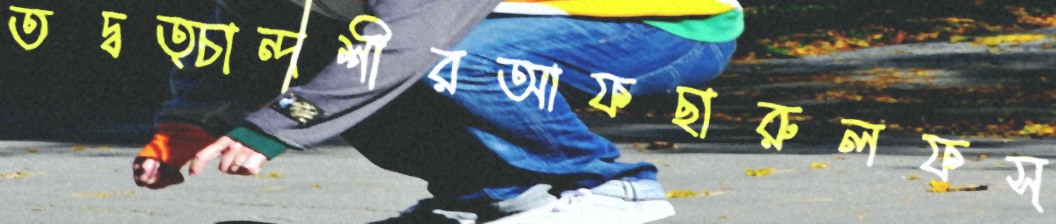
তদ্বত্চান্দশীরআফছারুলফস্